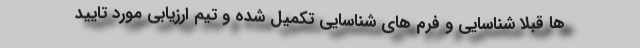
ها قبلا شناسایی و فرم های شناسایی تکمیل شده و تیم ارزیابی مورد تایید